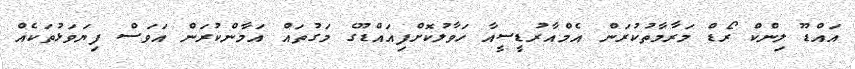
އައްޑޫ ލިންކް ރޯޑް މަރާމާތުކުރަން އެމްއާރުޑީސީއާ ހަވާލުކޮށްފިއައްޑޫގެ މަގުތައް އަމާންކުރަން އަވަސް ފިޔަވަޅުތަކެއް